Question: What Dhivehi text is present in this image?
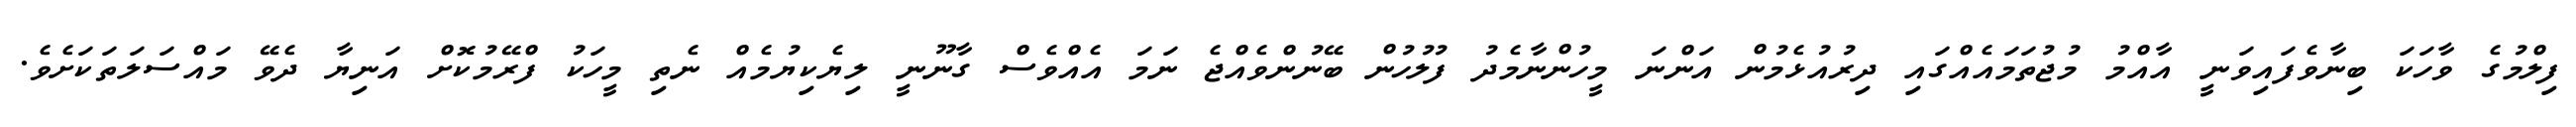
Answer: ފިލްމުގެ ވާހަކަ ބިނާވެފައިވަނީ އާއްމު މުޖުތަމައެއްގައި ދިރުއުޅެމުން އަންނަ މީހުންނާމެދު ފުލުހުން ބޭނުންވެއްޖެ ނަމަ އެއްވެސް ގާނޫނީ ލިޔެކިޔުމެއް ނެތި މީހަކު ފްރޭމުކޮށް އަނިޔާ ދެވޭ މައްސަލަތަކަށެވެ.